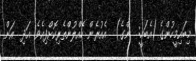
މިބައިމީހުންގެ (އެބަހީ:  ންގެ)  އެއުރެން ހެއްލުންތެރިކޮށްފިއެވެ. އަދި  އަށް